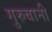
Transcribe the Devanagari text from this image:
गुरुबानी